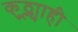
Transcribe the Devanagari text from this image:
कुठ्ल्याही